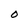
Character: o